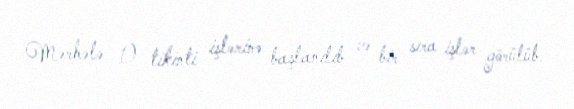
Mərhələ 1) tikinti işlərinə başlanılıb və bir sıra işlər görülüb.